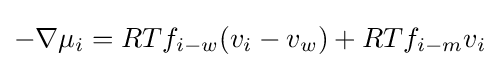
-\nabla \mu _{i}=RTf_{i-w}(v_{i}-v_{w})+RTf_{i-m}v_{i}